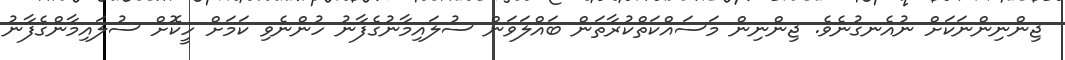
ޖިންނިންނަކަށް ނުއެނގުނެވެ. ޖިންނިން މަސައްކަތްކުރާތަން ބައްލަވަން ސުލައިމާނުގެފާނު ހުންނެވި ކަމަށް ހީކޮށް ސުލައިމާންގެފާނު